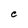
Character: C